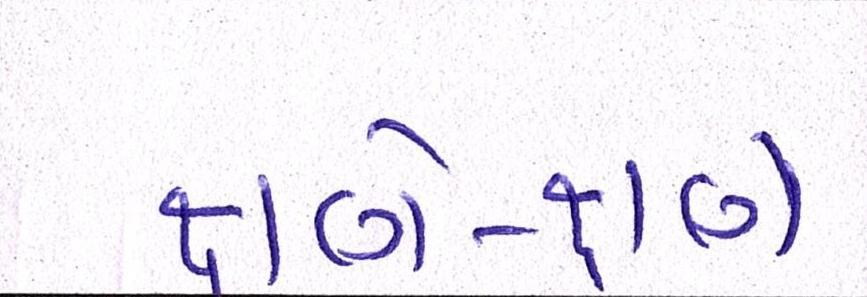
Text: ક્ષણે-ક્ષણે